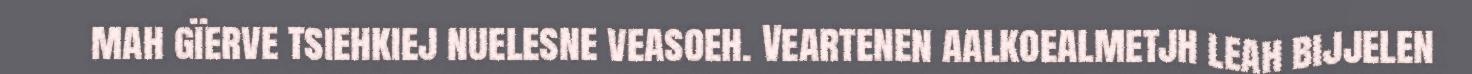
mah gïerve tsiehkiej nuelesne veasoeh. Veartenen aalkoealmetjh leah bijjelen